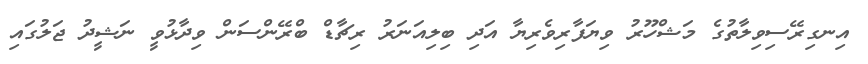
އިނގިރޭސިވިލާތުގެ މަޝްހޫރު ވިޔަފާރިވެރިޔާ އަދި ބިލިއަނަރު ރިޗާޑް ބްރޭންސަން ވިދާޅުވީ ނަޝީދު ޖަލުގައި